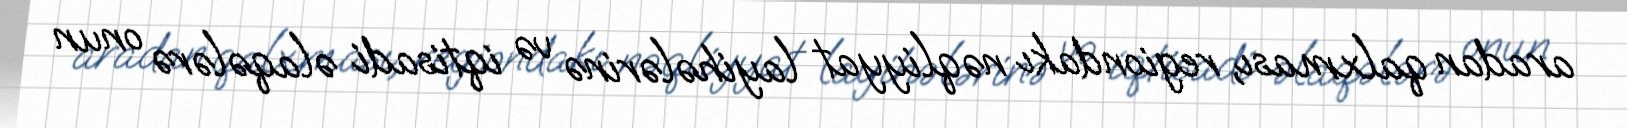
aradan qalxması, regiondakı nəqliyyat layihələrinə və iqtisadi əlaqələrə onun